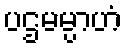
ပဌမမ္ပာဟံ